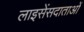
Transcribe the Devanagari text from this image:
लाइसेंसदाताओं